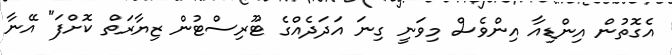
އެގޮތުން އިންޑިއާ އިންވެސް މިވަނީ ގިނަ އަދަދެއްގެ ޓޫރިސްޓުން ޒިޔާރަތް ކޮށްފަ" އޭނާ